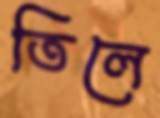
তিলে